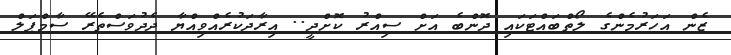
ޒެން އަހަރުމެންގެ ލޯތްބައްޓަކައި ދޮންބެ އަށް ސިއްރު ކޮށްދީ.. އިރާދަކުރެއްވިއްޔާ ދެދުވަސްތެރޭ ސާމްޕަލް